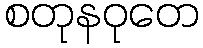
စတုနဝုတေ